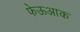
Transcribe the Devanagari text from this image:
फेऊआक